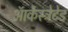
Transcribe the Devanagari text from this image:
ऑर्केस्ट्रेटेड